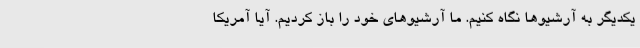
یکدیگر به آرشیوها نگاه کنیم. ما آرشیوهای خود را باز کردیم. آیا آمریکا